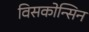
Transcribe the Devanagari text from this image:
विसकोन्सिन